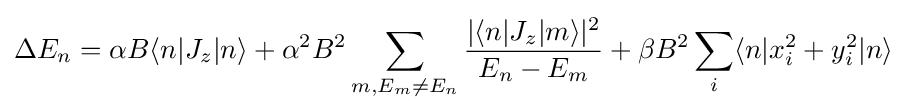
\Delta E_{n}=\alpha B\langle n|J_{z}|n\rangle +\alpha ^{2}B^{2}\sum _{m,E_{m}\neq E_{n}}{\frac {|\langle n|J_{z}|m\rangle |^{2}}{E_{n}-E_{m}}}+\beta B^{2}\sum _{i}\langle n|x_{i}^{2}+y_{i}^{2}|n\rangle